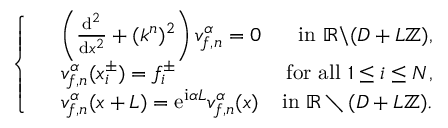
\left\{ \begin{array} { r l r } & { \left( \frac { \mathrm { d } ^ { 2 } } { \mathrm { d } x ^ { 2 } } + ( k ^ { n } ) ^ { 2 } \right) v _ { f , n } ^ { \alpha } = 0 } & { \mathrm { i n ~ } \mathbb { R } \backslash ( D + L \mathbb { Z } ) , } \\ & { v _ { f , n } ^ { \alpha } ( x _ { i } ^ { \pm } ) = f _ { i } ^ { \pm } } & { \mathrm { f o r ~ a l l ~ } 1 \leq i \leq N , } \\ & { v _ { f , n } ^ { \alpha } ( x + L ) = \mathrm { e } ^ { \mathrm { i } \alpha L } v _ { f , n } ^ { \alpha } ( x ) } & { \mathrm { i n ~ } \mathbb { R } \setminus ( D + L \mathbb { Z } ) . } \end{array} \right.